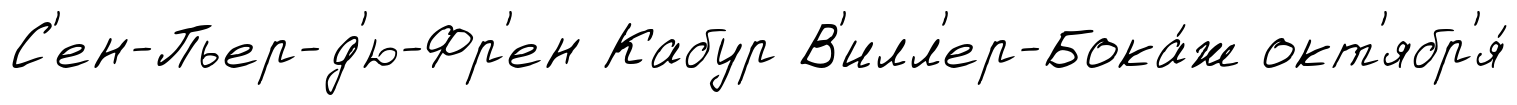
С'ен-Пьер-д'ю-Фр'ен Кабур В'илл'ер-Бока́ж окт'ябр'я́